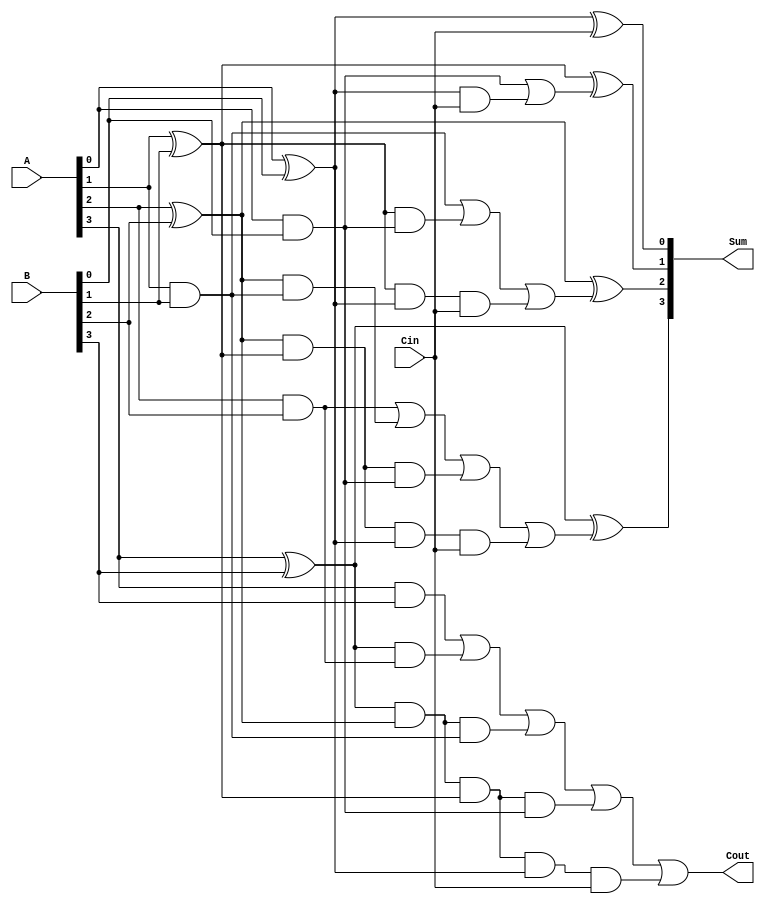
//4 bit CLA Block
module CLA_4bit_block(
	input[3:0] A, B, // Adding these bits
	input Cin, //Carry in into the block
	output Cout,
	output [3:0] Sum
//	output Cout
	);
	
wire [3:0] g, p; // Generate and Propagate
wire [4:1]C;    // Generate carry signals

assign g[0] = A [0] & B[0]; // Generate 0
assign g[1] = A [1] & B[1]; // Generate 1
assign g[2] = A [2] & B[2]; // Generate 2
assign g[3] = A [3] & B[3]; // Generate 3

assign p[0] = A[0]^B[0];    // Propagate 0
assign p[1] = A[1]^B[1];     // Propagate 1
assign p[2] = A[2]^B[2];    // Propagate 2
assign p[3] = A[3]^B[3];    // Propagate 3
	
//Generating Carry out
//assign C[0] = Cin;
assign C[1] = g[0] | (p[0] & Cin);
assign C[2] = g[1] | (p[1] & g[0]) | (p[1] & p[0] & Cin);
assign C[3] = g[2] | (p[2] & g[1]) | (p[2] & p[1] & g[0]) |(p[2] & p[1] & p[0] &Cin);
assign C[4] = g[3] | (p[3] & g[2]) | (p[3] & p[2] & g[1]) |(p[3] & p[2] & p[1] & g[0]) | (p[3] & p[2] & p[1] & p[0] & Cin);
assign Cout = C[4];

assign Sum[0] = p[0] ^ Cin;
assign Sum[1] = p[1] ^ C[1];
assign Sum[2] = p[2] ^ C[2];
assign Sum[3] = p[3] ^ C[3];
endmodule